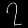
Digit: ၇